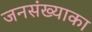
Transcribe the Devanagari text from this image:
जनसंख्याका